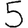
Digit: 5